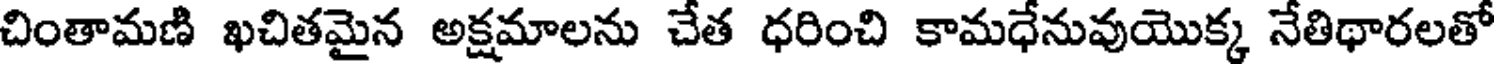
చింతామణి ఖచితమైన అక్షమాలను చేత ధరించి కామధేనువుయొక్క నేతిథారలతో